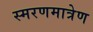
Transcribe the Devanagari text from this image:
स्मरणमात्रेण